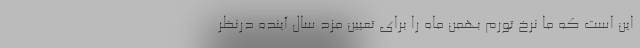
این است که ما نرخ تورم بهمن ماه را برای تعیین مزد سال آینده درنظر